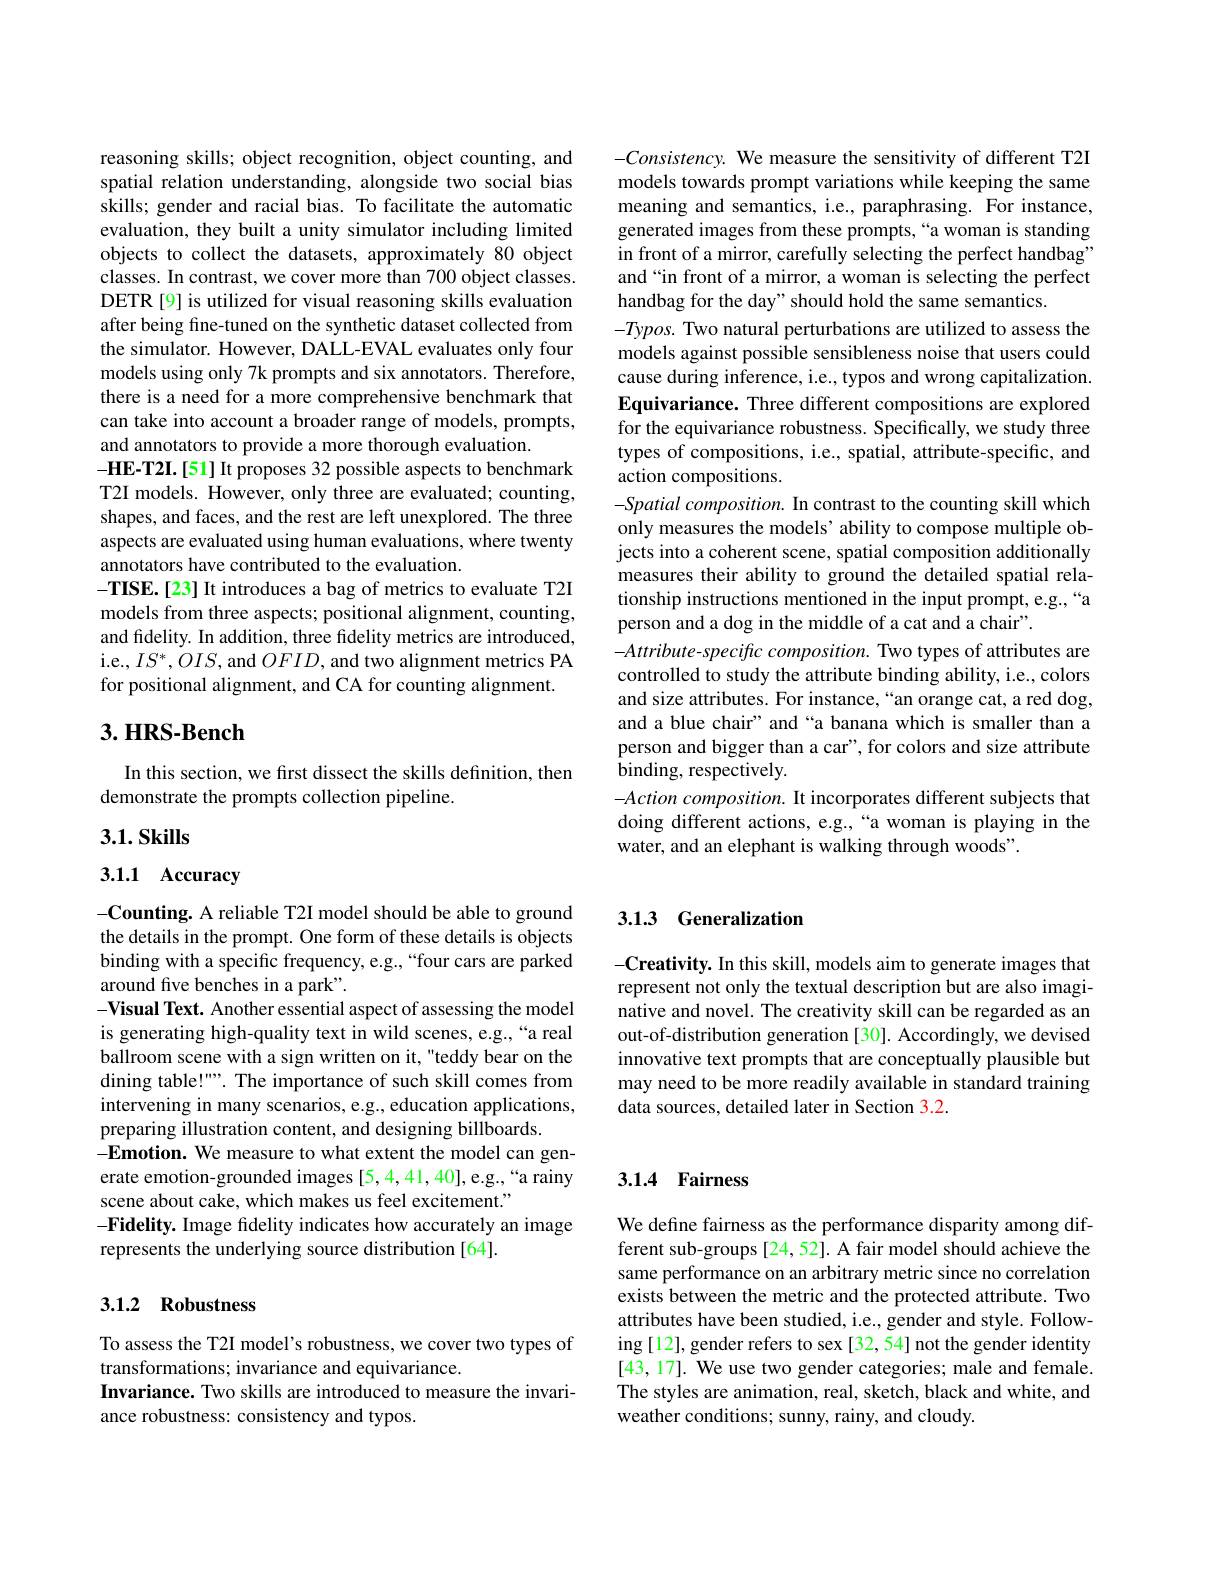
reasoning skills; object recognition, object counting, and spatial relation understanding, alongside two social bias skills; gender and racial bias. To facilitate the automatic evaluation, they built a unity simulator including limited objects to collect the datasets, approximately 80 object classes. In contrast, we cover more than 700 object classes. DETR[9] is utilized for visual reasoning skills evaluation after being fine-tuned on the synthetic dataset collected from the simulator. However, DALL-EVAL evaluates only four models using only 7k prompts and six annotators. Therefore, there is a need for a more comprehensive benchmark that can take into account a broader range of models, prompts, and annotators to provide a more thorough evaluation.
-HE-T2I.[51] It proposes 32 possible aspects to benchmark T2I models. However, only three are evaluated; counting, shapes, and faces, and the rest are left unexplored. The three aspects are evaluated using human evaluations, where twenty annotators have contributed to the evaluation.
-TISE.[23] It introduces a bag of metrics to evaluate T2I models from three aspects; positional alignment, counting, and fidelity. In addition, three fidelity metrics are introduced, i.e., $IS^*,OIS$, and $OFID$, and two alignment metrics PA for positional alignment, and CA for counting alignment.

# 3. HRS-Bench

In this section, we first dissect the skills definition, then
demonstrate the prompts collection pipeline.

## $3. 1. \textbf{Skills}$

## 3.1.1 Accuracy

-Counting. A reliable T2I model should be able to ground the details in the prompt. One form of these details is objects binding with a specific frequency, e.g.,“four cars are parked around five benches in a park".
$- \textbf{Visual Text. Another essential aspect of assessing the model}$ is generating high-quality text in wild scenes, e.g.,“a real ballroom scene with a sign written on it, "teddy bear on the dining table!"". The importance of such skill comes from intervening in many scenarios, e.g., education applications, preparing illustration content, and designing billboards.
-Emotion. We measure to what extent the model can generate emotion-grounded images [5,4,41,40],e.g.,“a rainy scene about cake, which makes us feel excitement.'
-Fidelity. Image fidelity indicates how accurately an image
represents the underlying source distribution [64].

## 3.1.2 Robustness

To assess the T2I model's robustness, we cover two types of
transformations; invariance and equivariance.
Invariance. Two skills are introduced to measure the invari-
ance robustness: consistency and typos.

$-Consistency.$ We measure the sensitivity of different T2I models towards prompt variations while keeping the same meaning and semantics, i.e., paraphrasing. For instance, generated images from these prompts,“a woman is standing in front of a mirror, carefully selecting the perfect handbag" and“in front of a mirror, a woman is selecting the perfect handbag for the day" should hold the same semantics.
$-Typos.$ Two natural perturbations are utilized to assess the models against possible sensibleness noise that users could cause during inference, i.e., typos and wrong capitalization. Equivariance. Three different compositions are explored for the equivariance robustness. Specifically, we study three types of compositions, i.e., spatial, attribute-specific, and action compositions.
$- Spatial\textit{ composition. In contrast to the counting skill which}$ only measures the models' ability to compose multiple objects into a coherent scene, spatial composition additionally measures their ability to ground the detailed spatial relationship instructions mentioned in the input prompt, e.g.,“a person and a dog in the middle of a cat and a chair".
$-Attribute-specificcomposition.$ Two types of attributes are controlled to study the attribute binding ability, i.e., colors and size attributes. For instance,“an orange cat, a red dog, and a blue chair" and “a banana which is smaller than a person and bigger than a car", for colors and size attribute binding, respectively.
$- Action\textit{ composition. It incorporates different subjects that}$ doing different actions, e.g.,“a woman is playing in the water, and an elephant is walking through woods".

## 3.13 Generalization

-Creativity. In this skill, models aim to generate images that represent not only the textual description but are also imaginative and novel. The creativity skill can be regarded as an out-of-distribution generation [30]. Accordingly, we devised innovative text prompts that are conceptually plausible but may need to be more readily available in standard training data sources, detailed later in Section 3.2.

## 3.1.4 Fairness

We define fairness as the performance disparity among different sub-groups[24,52]. A fair model should achieve the same performance on an arbitrary metric since no correlation exists between the metric and the protected attribute. Two attributes have been studied, i.e., gender and style. Following [12], gender refers to sex [32, 54] not the gender identity [43, 17]. We use two gender categories; male and female The styles are animation, real, sketch, black and white, and weather conditions; sunny, rainy, and cloudy